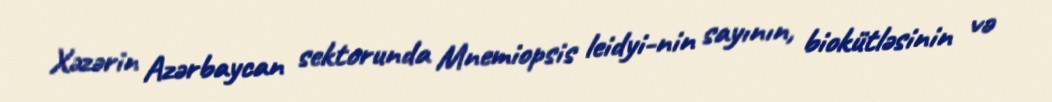
Xəzərin Azərbaycan sektorunda Mnemiopsis leidyi-nin sayının, biokütləsinin və